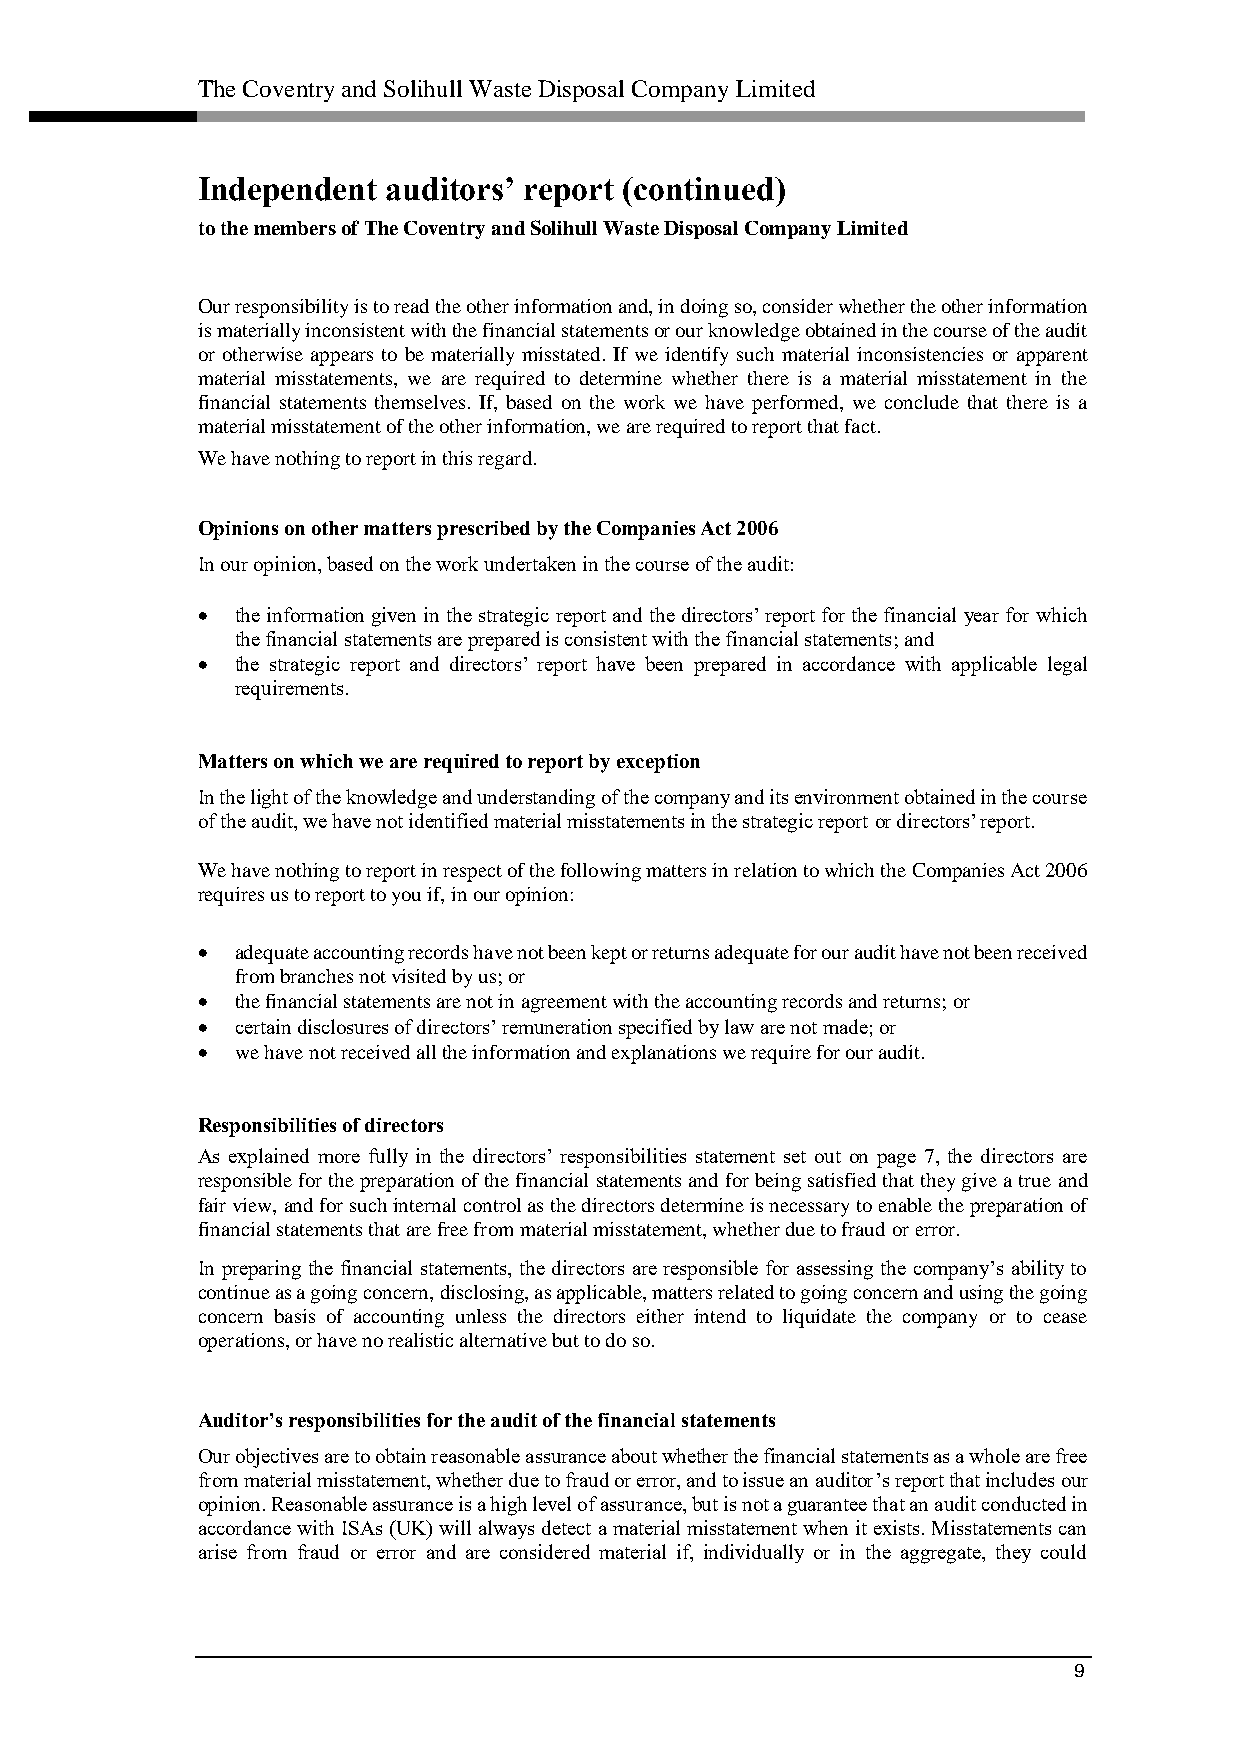
The Coventry and Solihull Waste Disposal Company Limited
 Independent  auditors’ report (continued)
 to the members of The Coventry and Solihull Waste Disposal Company Limited
 Our responsibility is to read the other information and, in doing so, consider whether the other information
 is materially inconsistent with the financial statements or our knowledge obtained in the course of the audit
 or otherwise appears to be materially misstated. If we identify such material inconsistencies or apparent
 material misstatements, we are required to determine whether there is a material misstatement in the
 financial statements themselves. If, based on the work we have performed, we conclude that there is a
 material misstatement of the other information, we are required to report that fact.
 We have nothing to report in this regard.
 Opinions on other matters prescribed by the Companies Act 2006
 In our opinion, based on the work undertaken in the course of the audit:
   the information given in the strategic report and the directors’ report for the financial year for which
 the financial statements are prepared is consistent with the financial statements; and
   the strategic report and directors’ report have been prepared in accordance with applicable legal
 requirements.
 Matters on which we are required to report by exception
 In the light of the knowledge and understanding of the company and its environment obtained in the course
 of the audit, we have not identified material misstatements in the strategic report or directors’ report.
 We have nothing to report in respect of the following matters in relation to which the Companies Act 2006
 requires us to report to you if, in our opinion:
   adequate accounting records have not been kept or returns adequate for our audit have not been received
 from branches not visited by us; or
   the financial statements are not in agreement with the accounting records and returns; or
   certain disclosures of directors’ remuneration specified by law are not made; or
   we have not received all the information and explanations we require for our audit.
 Responsibilities of directors
 As explained more fully in the directors’ responsibilities statement set out on page 7, the directors are
 responsible for the preparation of the financial statements and for being satisfied that they give a true and
 fair view, and for such internal control as the directors determine is necessary to enable the preparation of
 financial statements that are free from material misstatement, whether due to fraud or error.
 In preparing the financial statements, the directors are responsible for assessing the company’s ability to
 continue as a going concern, disclosing, as applicable, matters related to going concern and using the going
 concern basis of accounting unless the directors either intend to liquidate the company or to cease
 operations, or have no realistic alternative but to do so.
 Auditor’s responsibilities for the audit of the financial statements
 Our objectives are to obtain reasonable assurance about whether the financial statements as a whole are free
 from material misstatement, whether due to fraud or error, and to issue an auditor’s report that includes our
 opinion. Reasonable assurance is a high level of assurance, but is not a guarantee that an audit conducted in
 accordance with ISAs (UK) will always detect a material misstatement when it exists. Misstatements can
 arise from fraud or error and are considered material if, individually or in the aggregate, they could
 9